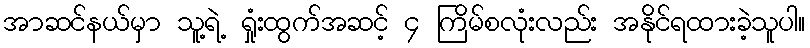
အာဆင်နယ်မှာ သူ့ရဲ့ ရှုံးထွက်အဆင့် ၄ ကြိမ်စလုံးလည်း အနိုင်ရထားခဲ့သူပါ။